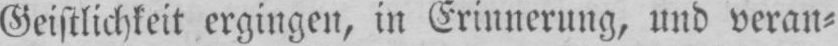
Geistlichkeit ergingen, in Erinnerung, und veran⸗